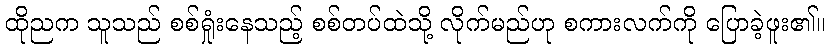
ထိုညက သူသည် စစ်ရှုံးနေသည့် စစ်တပ်ထဲသို့ လိုက်မည်ဟု စကားလက်ကို ပြောခဲ့ဖူး၏။